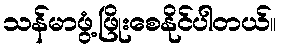
သန်မာဖွံ့ဖြိုးစေနိုင်ပါတယ်။